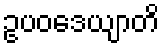
ဥပဝဒေယျာတိ